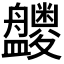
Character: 𪾝